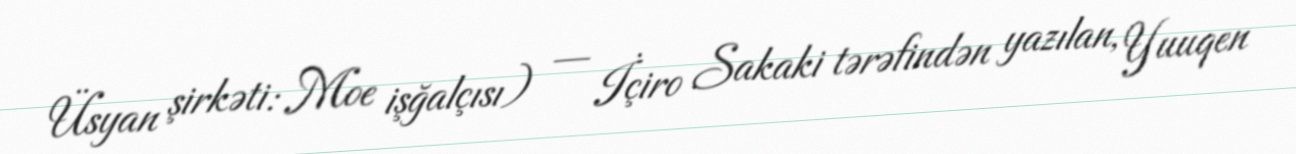
Üsyan şirkəti: Moe işğalçısı) — İçiro Sakaki tərəfindən yazılan, Yuuqen